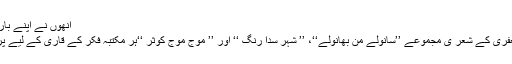
انھوں نے اپنے بارے میں یہ کہا تھا :
محمد شیر افضل جعفری کے شعر ی مجموعے ’’سانولے من بھانولے‘‘، ’’ شہر سدا رنگ ‘‘ اور ’’ موج موج کوثر ‘‘ہر مکتبہ فکر کے قاری کے لیے پر کشش ثابت ہوئے۔